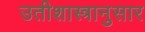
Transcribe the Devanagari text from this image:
उतीशास्त्रानुसार